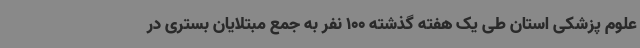
علوم پزشکی استان طی یک هفته گذشته 100 نفر به جمع مبتلایان بستری در